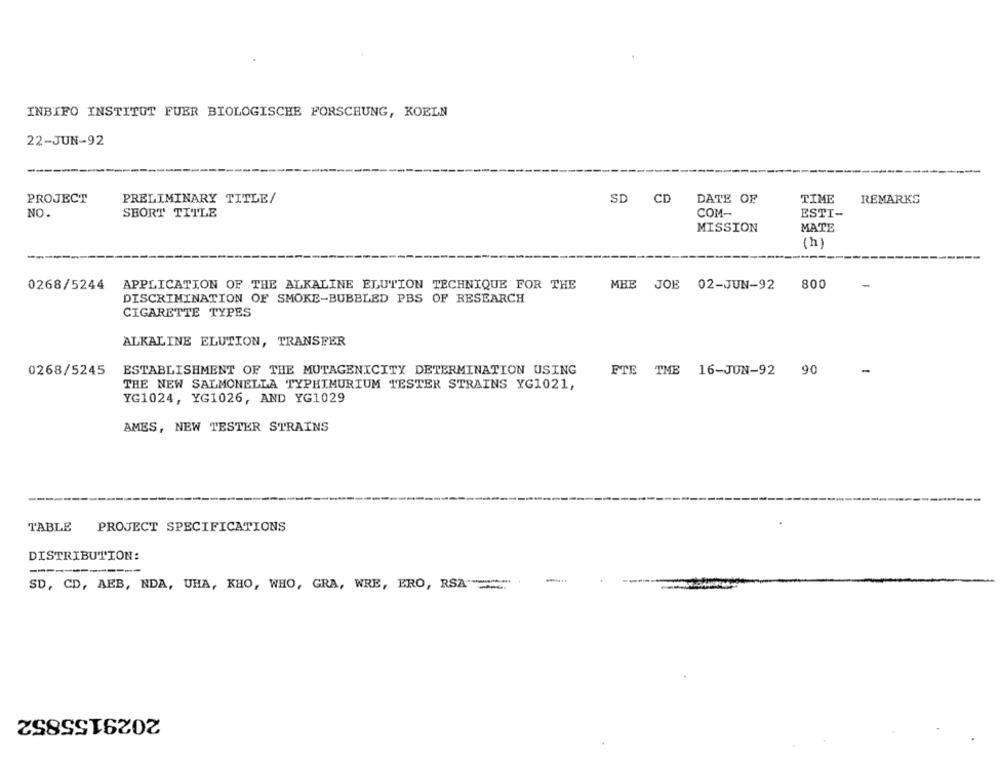
INBIFO INSTITUT FUER BIOLOGISCHE FORSCHUNG, KOELN
22-JUN-92
PROJECT
PRELIMINARY TITLE/
DATE OF
TIME
SD CD
REMARKS
NO.
SHORT TITLE
COM-
ESTI-
MISSION
MATE
(h)
0268/5244
APPLICATION OF THE ALKALINE ELUTION TECHNIQUE FOR THE
MHE JOE 02-JUN-92
800
-
DISCRIMINATION OF SMOKE-BUBBLED PBS OF RESEARCH
CIGARETTE TYPES
ALKALINE ELUTION, TRANSFER
0268/5245
ESTABLISHMENT OF THE MUTAGENICITY DETERMINATION USING
FTE TME 16-JUN-92
90
THE NEW SALMONELLA TYPHIMURIUM TESTER STRAINS YG1021,
YG1024, YG1026, AND YG1029
AMES, NEW TESTER STRAINS
TABLE
PROJECT SPECIFICATIONS
DISTRIBUTION:
SD, CD, AEB, NDA, UHA, KHO, WHO, GRA, WRE, ERO, RSA"="."
2029155852